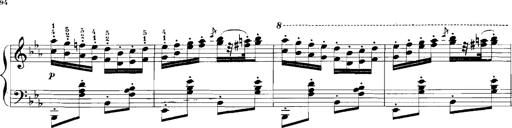
Title: Rhapsodies hongroises
Composer: Franz Liszt